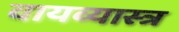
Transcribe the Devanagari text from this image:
वायव्‍यास्‍त्र